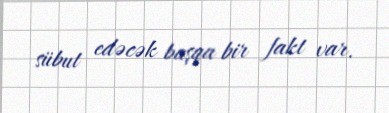
sübut edəcək başqa bir fakt var.